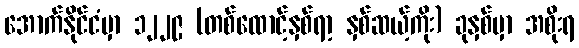
အောက်နိုင်ငံမှာ ၁၂၂၉ (တစ်ထောင့်နှစ်ရာ့ နှစ်ဆယ့်ကိုး) ခုနှစ်မှာ အစိုးရ